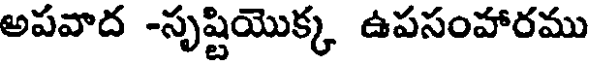
అపవాద -సృష్టియొక్క ఉపసంహారము